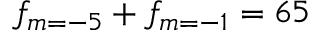
f _ { m = - 5 } + f _ { m = - 1 } = 6 5